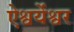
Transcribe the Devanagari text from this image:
ऐश्वर्येश्वर